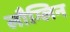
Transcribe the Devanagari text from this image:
लौग्लिन